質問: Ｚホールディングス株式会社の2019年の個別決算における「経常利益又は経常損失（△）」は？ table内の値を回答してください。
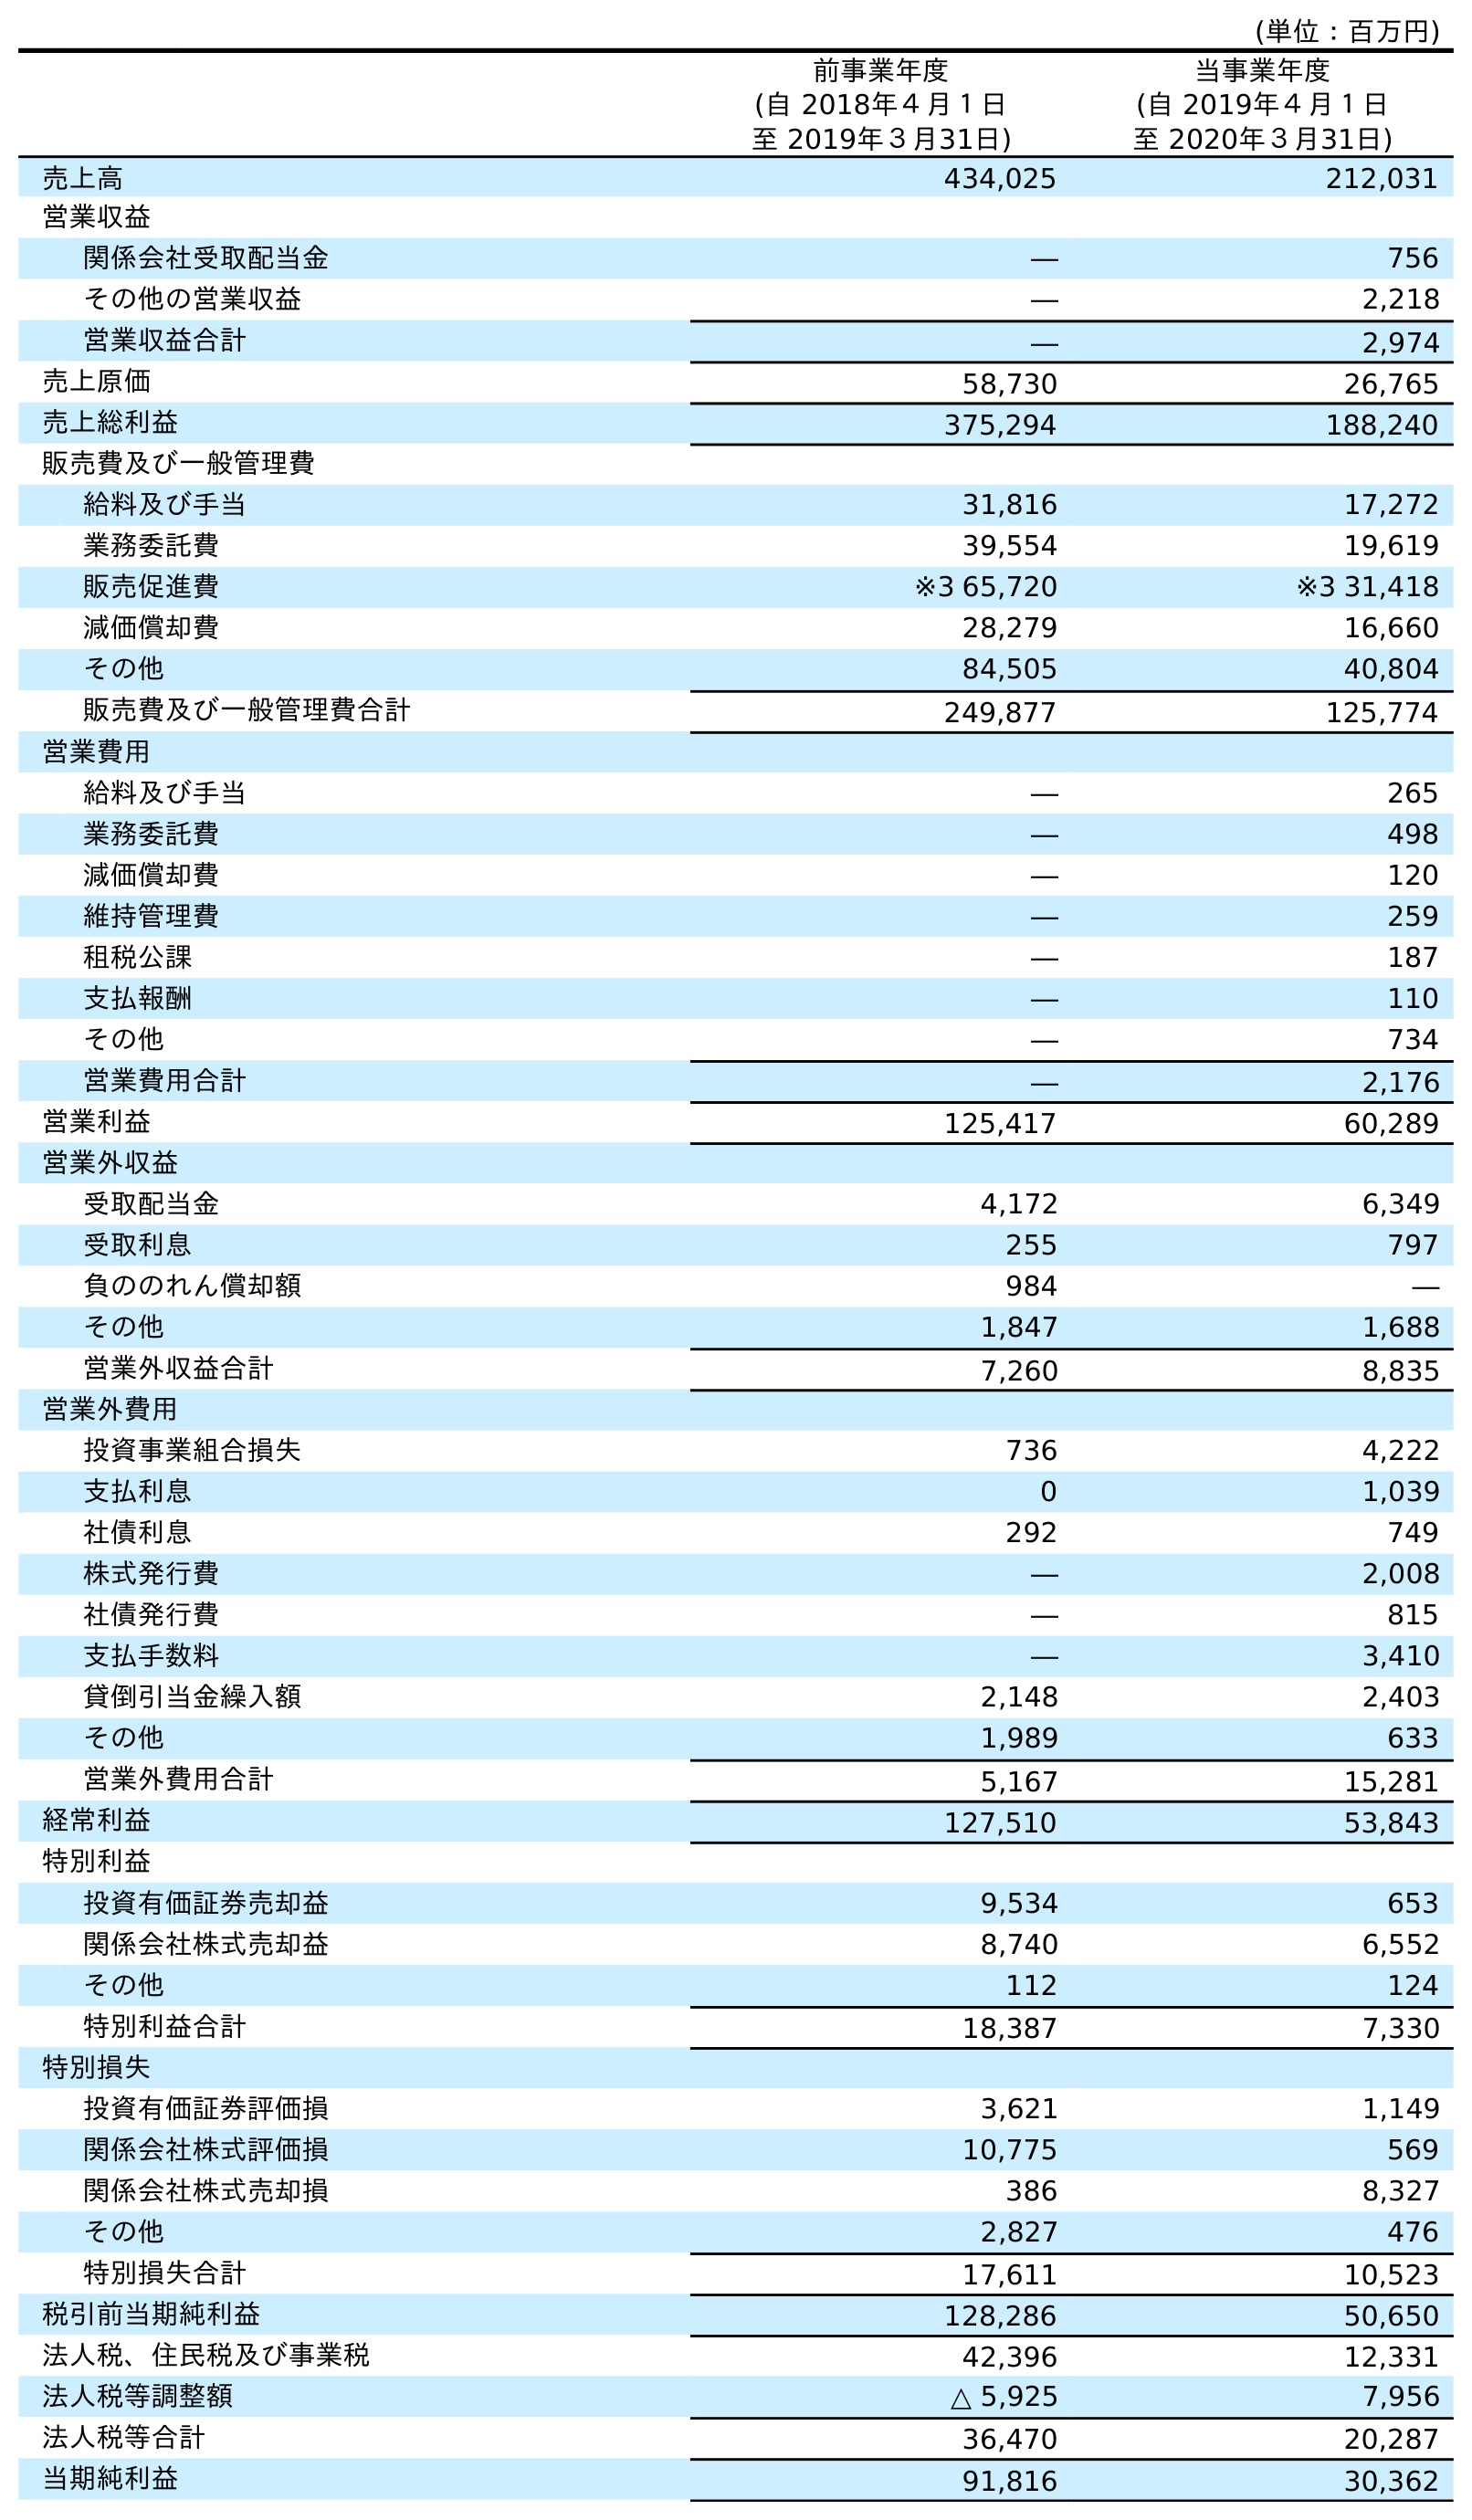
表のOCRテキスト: (単位：百万円) 前事業年度 (自 2018年４月１日 至 2019年３月31日) 当事業年度 (自 2019年４月１日 至 2020年３月31日) 売上高 434,025 212,031 営業収益 関係会社受取配当金 ― 756 その他の営業収益 ― 2,218 営業収益合計 ― 2,974 売上原価 58,730 26,765 売上総利益 375,294 188,240 販売費及び一般管理費 給料及び手当 31,816 17,272 業務委託費 39,554 19,619 販売促進費 ※3 65,720 ※3 31,418 減価償却費 28,279 16,660 その他 84,505 40,804 販売費及び一般管理費合計 249,877 125,774 営業費用 給料及び手当 ― 265 業務委託費 ― 498 減価償却費 ― 120 維持管理費 ― 259 租税公課 ― 187 支払報酬 ― 110 その他 ― 734 営業費用合計 ― 2,176 営業利益 125,417 60,289 営業外収益 受取配当金 4,172 6,349 受取利息 255 797 負ののれん償却額 984 ― その他 1,847 1,688 営業外収益合計 7,260 8,835 営業外費用 投資事業組合損失 736 4,222 支払利息 0 1,039 社債利息 292 749 株式発行費 ― 2,008 社債発行費 ― 815 支払手数料 ― 3,410 貸倒引当金繰入額 2,148 2,403 その他 1,989 633 営業外費用合計 5,167 15,281 経常利益 127,510 53,843 特別利益 投資有価証券売却益 9,534 653 関係会社株式売却益 8,740 6,552 その他 112 124 特別利益合計 18,387 7,330 特別損失 投資有価証券評価損 3,621 1,149 関係会社株式評価損 10,775 569 関係会社株式売却損 386 8,327 その他 2,827 476 特別損失合計 17,611 10,523 税引前当期純利益 128,286 50,650 法人税、住民税及び事業税 42,396 12,331 法人税等調整額 △ 5,925 7,956 法人税等合計 36,470 20,287 当期純利益 91,816 30,362
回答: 127,510